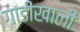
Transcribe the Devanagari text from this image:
गाडीखाली